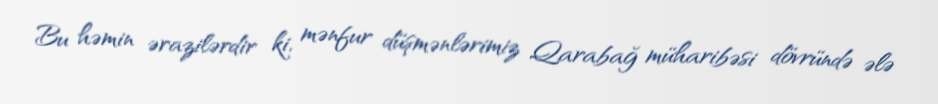
Bu həmin ərazilərdir ki, mənfur düşmənlərimiz Qarabağ müharibəsi dövründə ələ